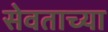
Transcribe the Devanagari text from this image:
सेवताच्या